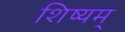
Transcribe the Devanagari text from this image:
शिष्यम्